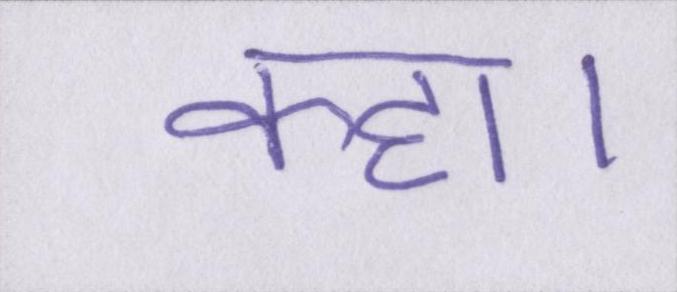
कहा।